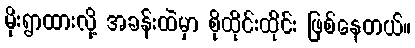
မိုးရွာထားလို့ အခန်းထဲမှာ စိုထိုင်းထိုင်း ဖြစ်နေတယ်။